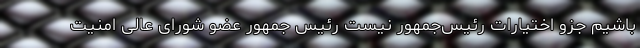
باشیم جزو اختیارات رئیس‌جمهور نیست رئیس جمهور عضو شورای عالی امنیت